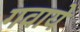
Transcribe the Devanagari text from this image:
गवाये